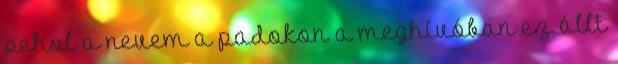
sehol a nevem a padokon a meghívóban ez állt